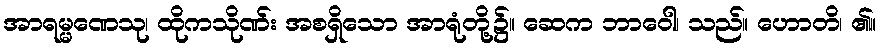
အာရမ္မဏေသု၊ ထိုကသိုဏ်း အစရှိသော အာရုံတို့၌။ ဆေက ဘာဝေါ၊ သည်။ ဟောတိ၊ ၏။